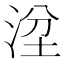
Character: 𣴞